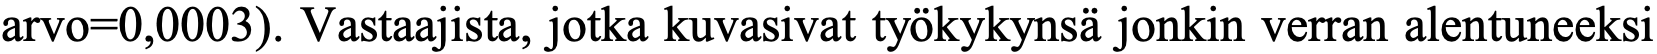
arvo=0,0003). Vastaajista, jotka kuvasivat työkykynsä jonkin verran alentuneeksi